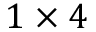
1 \times 4